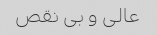
عالی و بی نقص